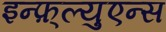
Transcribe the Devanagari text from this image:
इन्फ़्ल्युएन्स